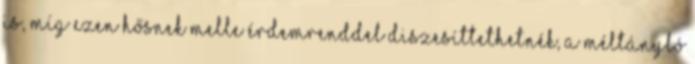
is, míg ezen hősnek melle érdemrenddel diszesíttethetnék, a méltányló